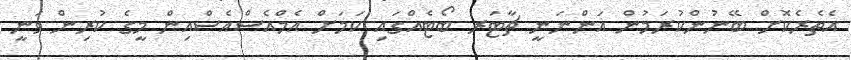
އެތެރެކޮށް ބޭނުންކުރަމުން އަންނަނީ ޗާޓަރ ބޯޓެއްގައި ކަމަށް އެމްއެސްއެސްއިން މީގެ ކުރިން ވަނީ